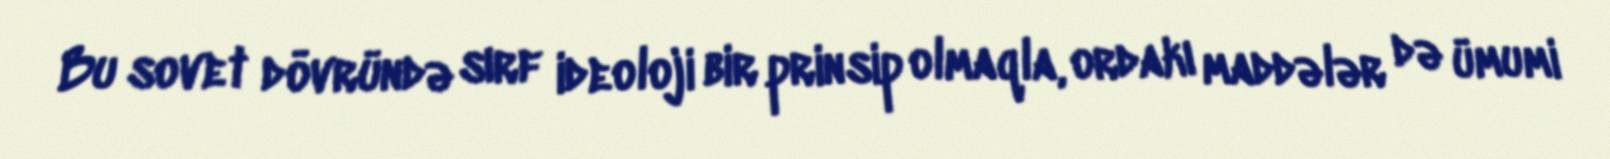
Bu sovet dövründə sırf ideoloji bir prinsip olmaqla, ordakı maddələr də ümumi